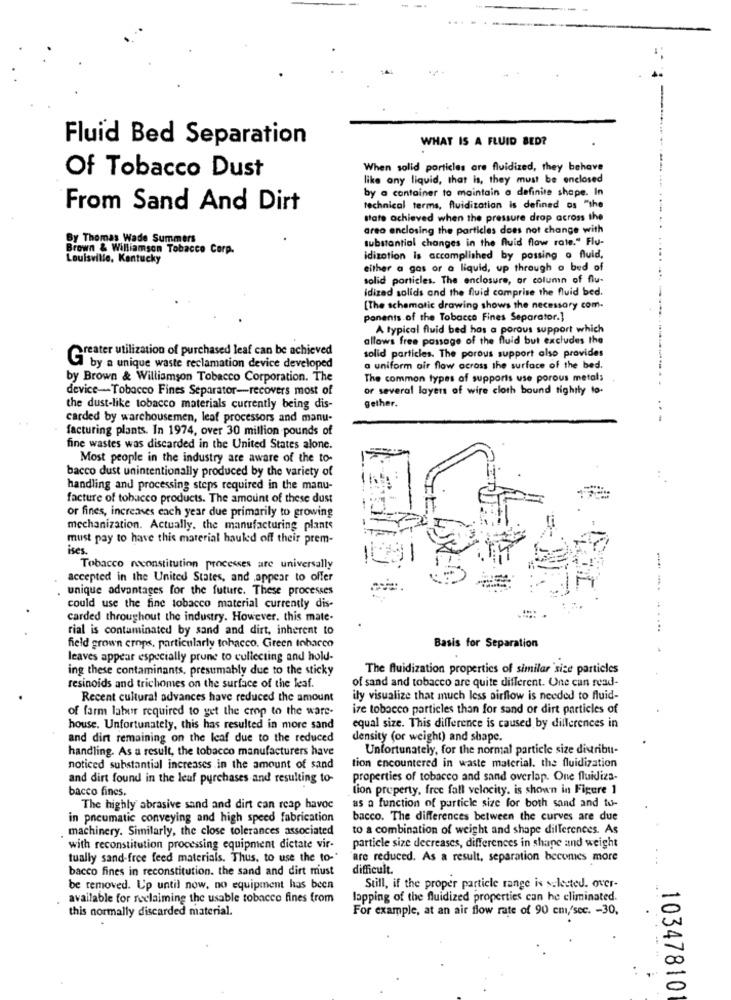
Fluid Bed Separation
WHAT IS A FLUID BED?
When solid porticles are fluidized, they behave
Of Tobacco Dust
like any liquid, that is, they must be enclosed
by a container to maintain a definite shape. In
-----------
From Sand And Dirt
technical terms, fluidization is defined os "the
state achieved when the pressure drop across the
area enclosing the particles does not change with
By Thomas Wade Summers
substantial changes in the fluid flow rate." Flu-
Brown & Williamson Tobacco Corp.
Louisville, Kentucky
idizotion Is accomplished by passing o fluid,
....
either a gas or a liquid, up through a bed of
solid particles. The enclosure, or column of flu-
idized solids and the fluid comprise the fluid bed.
[The schematic drawing shows the necessary com-
ponents of the Tobacco Fines Separator.]
A typical fluid bed has a porous support which
allows free passage of the fluid but excludes the
Greater utilization of purchased leaf can be achieved
solid particles. The porous support also provides
Gi by a unique waste reclamation device developed
a uniform air flow across the surface of the bed.
by Brown & Williamson Tobacco Corporation. The
The common types of supports use porous metals
device-Tobacco Fines Separator-recovers most of
or several layers of wire cloth bound tightly to.
the dust-like tobacco materials currently being dis-
gether.
carded by warehousemen, leaf processors and manu-
...
facturing plants. In 1974, over 30 million pounds of
fine wastes was discarded in the United States alone.
Most people in the industry are aware of the to-
bacco dust unintentionally produced by the variety of
handling and processing steps required in the manu-
facture of tobacco products. The amount of these dust
or fines, increases each year due primarily to growing
mechanization. Actually, the manufacturing plants
must pay to have this material hauled off their prem-
ises.
Tobacco reconstitution processes are universally
accepted in the United States, and appear to offer
unique advantages for the future. These processes
- --
could use the fine tobacco material currently dis-
carded throughout the industry. However. this mate-
rial is contaminated by sand and dirt, inherent to
...
field grown crops, particularly tobacco. Green tobacco
Basis for Separation
leaves appear especially prune to collecting and hold-
ing these contaminants, presumably due to the sticky
The fluidization properties of similar size particles
of sand and tobacco are quite different. One can read-
resinoids and trichomes on the surface of the leaf.
Recent cultural advances have reduced the amount
ily visualize that much less airflow is needed to fluid-
of farm laber required to get the crop to the ware-
ize tobacco particles than for sand or dirt particles of
house. Unfortunately, this has resulted in more sand
equal size. This difference is caused by differences in
and dirt remaining on the leaf due to the reduced
density (or weight) and shape.
handling. As a result, the tobacco manufacturers have
Unfortunately, for the normal particle size distribu-
noticed substantial increases in the amount of sand
tion encountered in waste material. the fluidization
and dirt found in the leuf purchases and resulting to-
properties of tobacco and sand overlap. One fluidiza-
bacco fines.
tion property, free fall velocity, is shown in Figure 1
The highly abrasive sand and dirt can reap havoc
as a function of particle size for both sand and to-
in pneumatic conveying and high speed fabrication
bacco. The differences between the curves are due
machinery. Similarly, the close tolerances associated
to a combination of weight and shape differences. As
particle size decreases, differences in shape and weight
with reconstitution processing equipment dictate vir-
tually sand-free feed materials. Thus, to use the to-"
are reduced. As a result, separation becomes more
bacco fines in reconstitution. the sand and dirt must
difficult.
be removed. Up until now, no equipment has been
Still, if the proper particle range is selected. over-
available for reclaiming the usable tobacco fines from
lapping of the fluidized properties can he eliminated.
this normally discarded material.
For example, at an air flow rate of 90 cm,/sec. - 30,
10347810